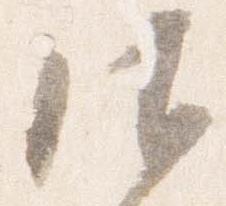
御